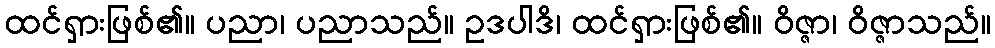
ထင်ရှားဖြစ်၏။ ပညာ၊ ပညာသည်။ ဥဒပါဒိ၊ ထင်ရှားဖြစ်၏။ ဝိဇ္ဇာ၊ ဝိဇ္ဇာသည်။